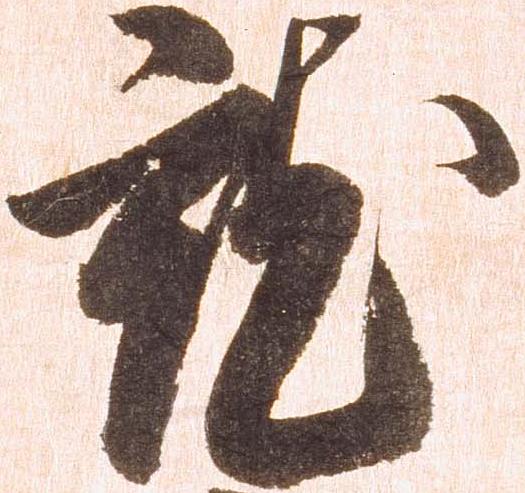
就